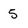
Character: 5